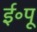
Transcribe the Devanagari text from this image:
ई॰पू